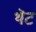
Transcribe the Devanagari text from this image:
थॆट